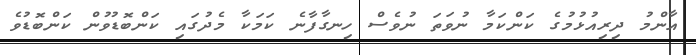
އާންމު ދިރިއުޅުމުގެ ކަންކަމާ ނުވަތަ ނުވެސް ހިނގާފާނެ ކަމަކާ މެދުގައި ކަންބޮޑުވުން ކަންބޮޑުވެ